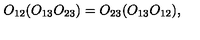
O _ { 1 2 } ( O _ { 1 3 } O _ { 2 3 } ) = O _ { 2 3 } ( O _ { 1 3 } O _ { 1 2 } ) ,